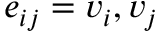
e _ { i j } = { v _ { i } , v _ { j } }